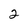
Character: 2